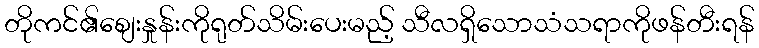
တိုကင်၏စျေးနှုန်းကိုရုတ်သိမ်းပေးမည့် သီလရှိသောသံသရာကိုဖန်တီးရန်